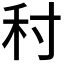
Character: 𡬟